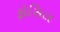
ફોસિલ